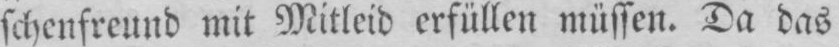
schenfreund mit Mitleid erfüllen müssen. Da das